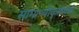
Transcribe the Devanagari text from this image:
सामान्यीकृतपणे